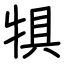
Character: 犋